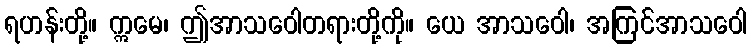
ရဟန်းတို့။ ဣမေ၊ ဤအာသဝေါတရားတို့ကို။ ယေ အာသဝေါ၊ အကြင်အာသဝေါ